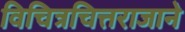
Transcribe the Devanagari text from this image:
विचित्रचित्तराजाने